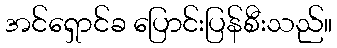
အင်ရှောင်ခ ပြောင်းပြန်စီးသည်။